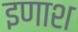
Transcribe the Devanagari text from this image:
इणाश